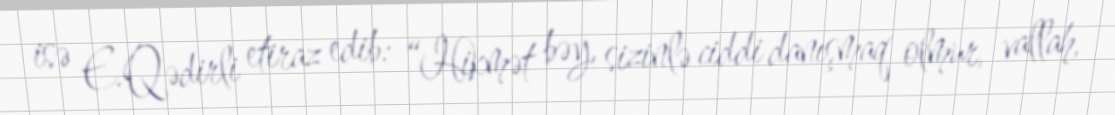
isə E.Qədirli etiraz edib: “Hikmət bəy, sizinlə ciddi danışmaq olmur, vallah,